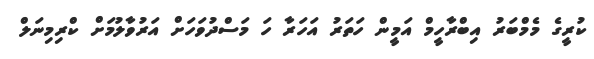
ކުރީގެ މެމްބަރު އިބްރާހީމް އަމީން ހަތަރު އަހަރާ ހަ މަސްދުވަހަށް އަރުވާލުމަށް ކްރިމިނަލް